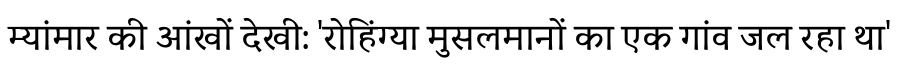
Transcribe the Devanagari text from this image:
म्यांमार की आंखों देखी: 'रोहिंग्या मुसलमानों का एक गांव जल रहा था'